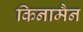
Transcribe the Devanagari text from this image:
किनामैन